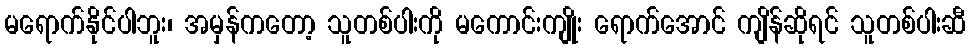
မရောက်နိုင်ပါဘူး၊ အမှန်ကတော့ သူတစ်ပါးကို မကောင်းကျိုး ရောက်အောင် ကျိန်ဆိုရင် သူတစ်ပါးဆီ